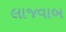
લાજવાબ